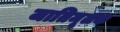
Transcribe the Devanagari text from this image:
जातिमूलक